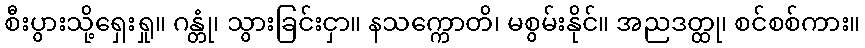
စီးပွားသို့ရှေးရှု။ ဂန္တုံ၊ သွားခြင်းငှာ။ နသက္ကောတိ၊ မစွမ်းနိုင်။ အညဒတ္ထု၊ စင်စစ်ကား။